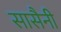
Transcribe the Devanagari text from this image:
सासैनी